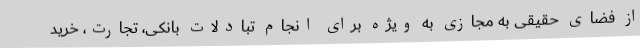
از فضای حقیقی به مجازی به ویژه برای انجام تبادلات بانکی، تجارت، خرید